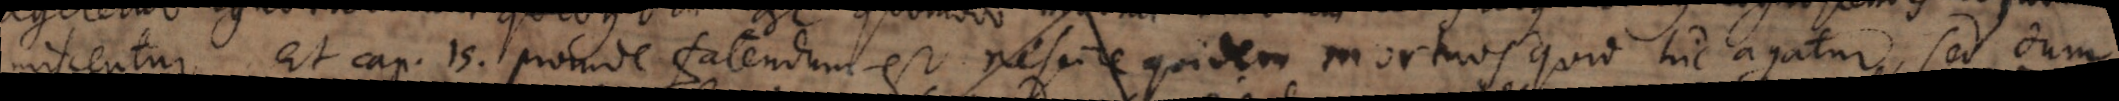
miscentur. Et cap. 15 proinde fatendum est nescire quidem mortuos quid hic agatur, sed dum